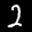
Label: 2